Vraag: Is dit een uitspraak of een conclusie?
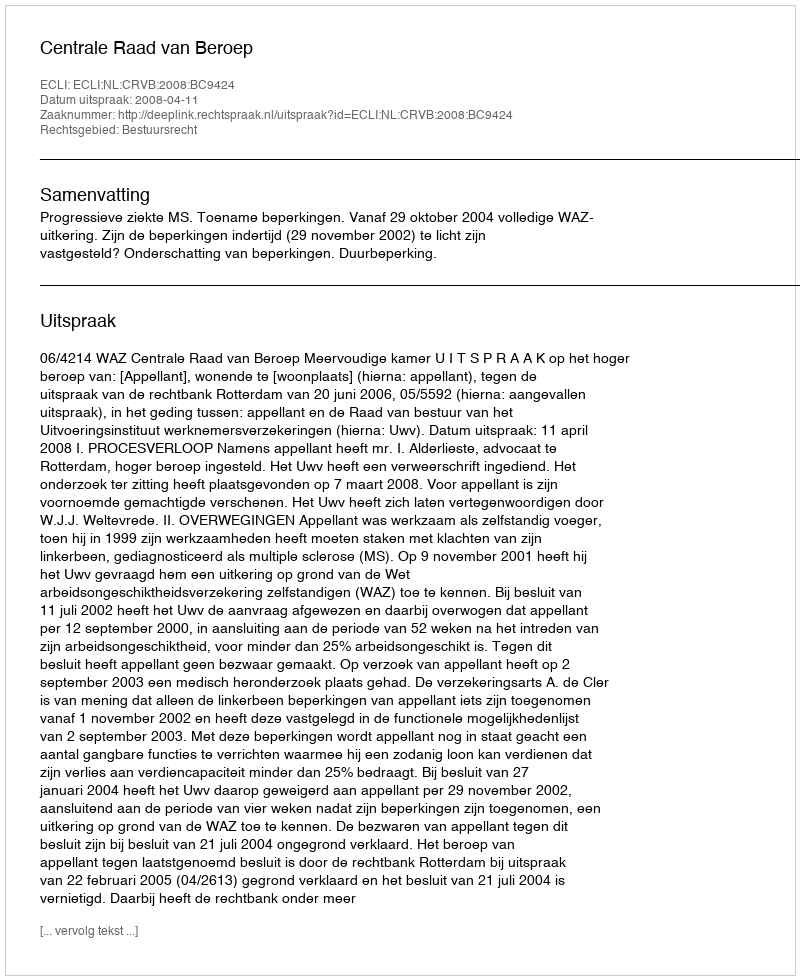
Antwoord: Uitspraak